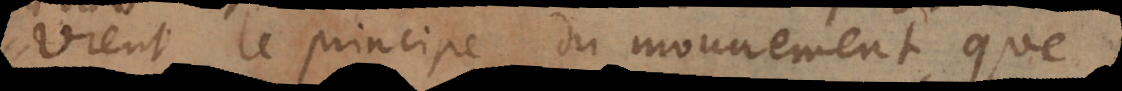
vient le principe du mouvement, que